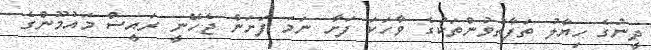
ދީނުގެ ހިޔާލު ތަފާތުވުންތަކުގެ ވާހަކަ ފަށާ ނަމަ ފަށަން ޖެހޭނީ ރައީސް މައުމޫންގެ